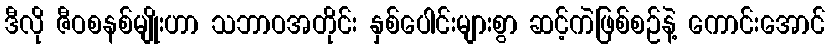
ဒီလို ဇီဝစနစ်မျိုးဟာ သဘာဝအတိုင်း နှစ်ပေါင်းများစွာ ဆင့်ကဲဖြစ်စဉ်နဲ့ ကောင်းအောင်